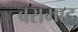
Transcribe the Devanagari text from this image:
बरामाद